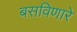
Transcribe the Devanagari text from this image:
बसविणारे